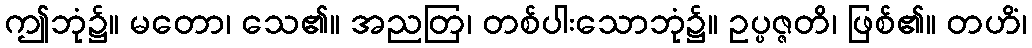
ဤဘုံ၌။ မတော၊ သေ၏။ အညတြ၊ တစ်ပါးသောဘုံ၌။ ဥပ္ပဇ္ဇတိ၊ ဖြစ်၏။ တဟိံ၊